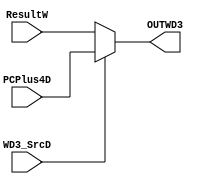
module WD3_mux (input  [31:0] PCPlus4D,ResultW,input WD3_SrcD,output [31:0] OUTWD3);
     assign OUTWD3 = WD3_SrcD ? PCPlus4D:ResultW;
endmodule